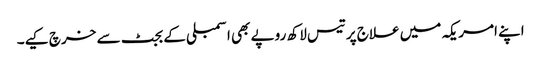
اپنے امریکہ میں علاج پر تیس لاکھ روپے بھی اسمبلی کے بجٹ سے خرچ کیے۔